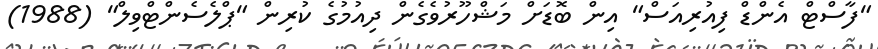
"ފާސްޓް އެންޑް ފިއުރިއަސް" އިން ބޮޑަށް މަޝްހޫރުވެގެން ދިއުމުގެ ކުރިން "ޕްލެސެންޓްވިލް" (1988)